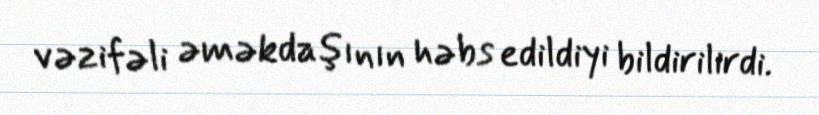
vəzifəli əməkdaşının həbs edildiyi bildirilirdi.